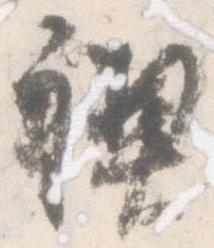
禊